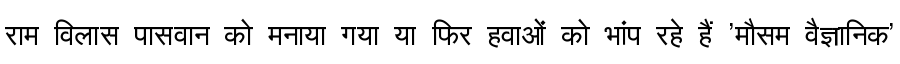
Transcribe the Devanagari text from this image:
राम विलास पासवान को मनाया गया या फिर हवाओं को भांप रहे हैं 'मौसम वैज्ञानिक'